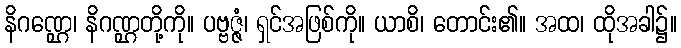
နိဂဏ္ဌေ၊ နိဂဏ္ဌတို့ကို။ ပဗ္ဗဇ္ဇံ၊ ရှင်အဖြစ်ကို။ ယာစိ၊ တောင်း၏။ အထ၊ ထိုအခါ၌။